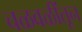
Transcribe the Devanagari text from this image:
चळवळींतून